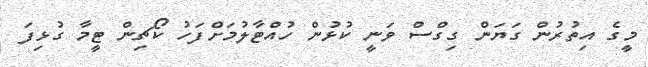
މީގެ އިތުރުން ގަޔަން ގިގްސް ވަނީ ކުޅުން ހުއްޓާލުމަށްފަހު ކޯޗިން ޓީމާ ގުޅިފަ